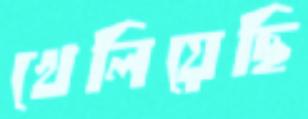
খেলিয়েছি